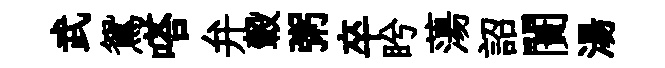
武鴛嗒弁轂粥卒盻蕩詔闠湯